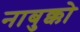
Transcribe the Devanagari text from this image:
नाबुक्को